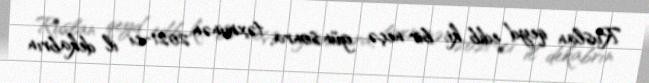
Ruslan qeyd edib ki, bir neçə gün sonra, təxminən 2021-ci il dekabrın